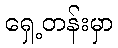
ရှေ့တန်းမှာ